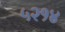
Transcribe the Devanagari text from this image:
५२१४